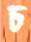
চ